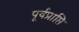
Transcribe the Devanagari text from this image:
पूर्वप्राप्ति